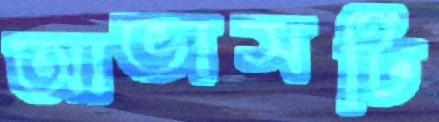
আভাসটি